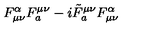
F _ { \mu \nu } ^ { \alpha } F _ { a } ^ { \mu \nu } - i { \tilde { F } } _ { a } ^ { \mu \nu } F _ { \mu \nu } ^ { \alpha }